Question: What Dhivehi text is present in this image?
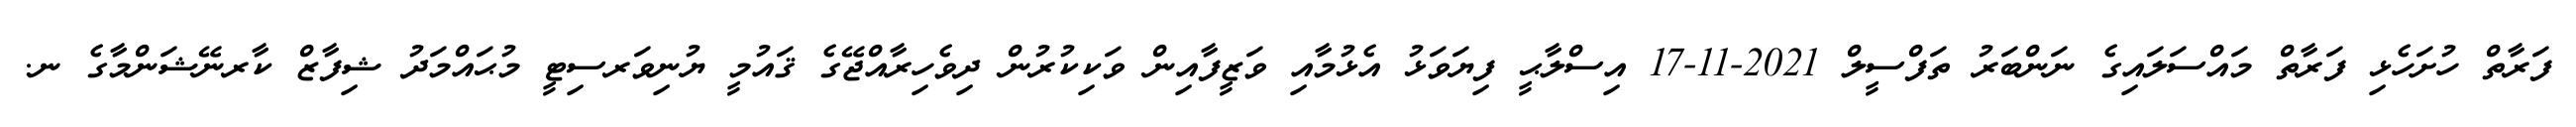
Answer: ފަރާތް ހުށަހެޅި ފަރާތް މައްސަލައިގެ ނަންބަރު ތަފްސީލް 2021-11-17 އިސްލާޙީ ފިޔަވަޅު އެޅުމާއި ވަޒީފާއިން ވަކިކުރުން ދިވެހިރާއްޖޭގެ ޤައުމީ ޔުނިވަރސިޓީ މުޙައްމަދު ޝިފާޒް ކާރނޭޝަންމާގެ ނ.